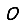
Digit: 0